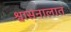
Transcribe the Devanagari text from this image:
श्वासनालात